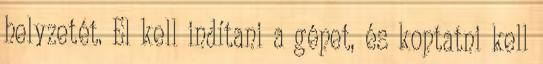
helyzetét. El kell indítani a gépet, és koptatni kell